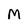
Character: M